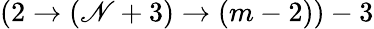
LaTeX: (2\rightarrow(\mathscr{N}+3)\rightarrow(m-2))-3